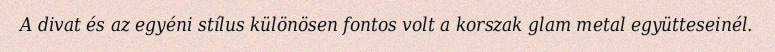
A divat és az egyéni stílus különösen fontos volt a korszak glam metal együtteseinél.